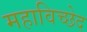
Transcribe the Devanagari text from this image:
महाविच्छेद